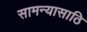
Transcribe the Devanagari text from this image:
सामन्यासाठि